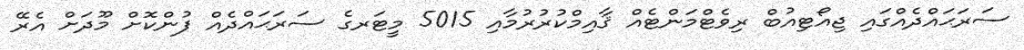
ސަރަޙައްދެއްގައި ޖިއޯޓިއުބް ރިވެޓްމަންޓެއް ޤާއިމްކުރުރުމާއި 5015 މީޓަރގެ ސަރަޙައްދެއް ފުންކޮށް މޫދަށް އެރޭ